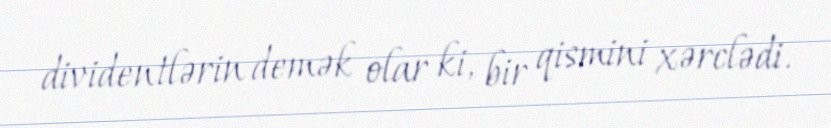
dividentlərin demək olar ki, bir qismini xərclədi.